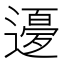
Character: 𲅵